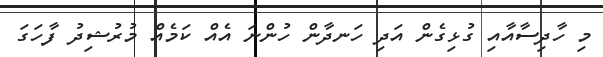
މި ހާދިސާއާއި ގުޅިގެން އަދި ހަނދާން ހުންނަ އެއް ކަމެއް މުރުޝިދު ފާހަގަ